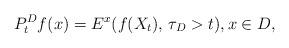
LaTeX: \begin{align*}P_t^D f(x) = E^x(f(X_t), \, \tau_D > t), x \in D,\end{align*}